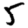
Digit: 5